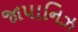
જાપાનિઝ